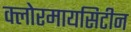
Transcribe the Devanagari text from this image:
क्लोरमायसिटीन